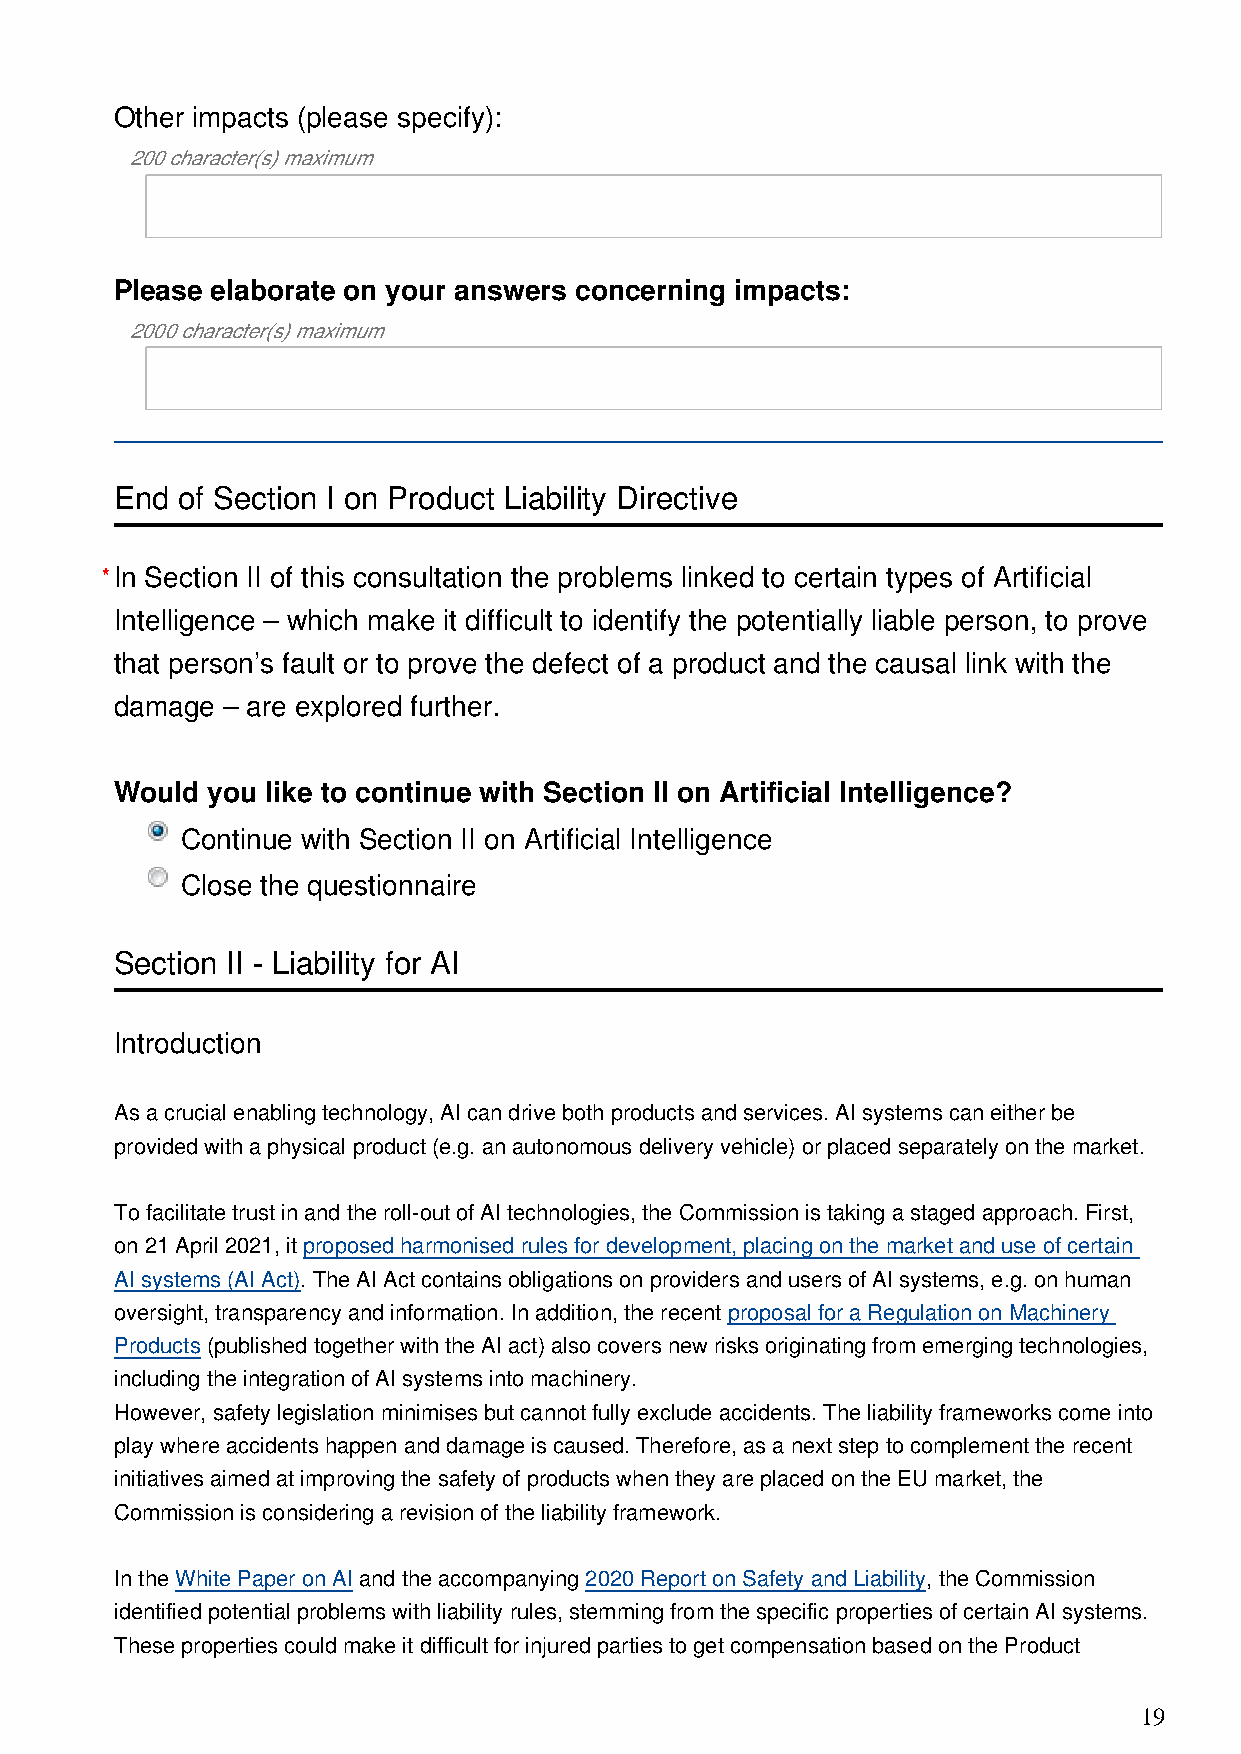
Other impacts (please specify):
 200 character(s) maximum
 Please elaborate on your answers concerning impacts:
 2000 character(s) maximum
 End of Section I on Product Liability Directive
 *In Section II of this consultation the problems linked to certain types of Artificial
 Intelligence – which make it difficult to identify the potentially liable person, to prove
 that person’s fault or to prove the defect of a product and the causal link with the
 damage – are explored further.
 Would you like to continue with Section II on Artificial Intelligence?
 Continue with Section II on Artificial Intelligence
 Close the questionnaire
 Section II - Liability for AI
 Introduction
 As a crucial enabling technology, AI can drive both products and services. AI systems can either be
 provided with a physical product (e.g. an autonomous delivery vehicle) or placed separately on the market.
 To facilitate trust in and the roll-out of AI technologies, the Commission is taking a staged approach. First,
 on 21 April 2021, it proposed harmonised rules for development, placing on the market and use of certain
 AI systems (AI Act). The AI Act contains obligations on providers and users of AI systems, e.g. on human
 oversight, transparency and information. In addition, the recent proposal for a Regulation on Machinery
 Products (published together with the AI act) also covers new risks originating from emerging technologies,
 including the integration of AI systems into machinery.
 However, safety legislation minimises but cannot fully exclude accidents. The liability frameworks come into
 play where accidents happen and damage is caused. Therefore, as a next step to complement the recent
 initiatives aimed at improving the safety of products when they are placed on the EU market, the
 Commission is considering a revision of the liability framework.
 In the White Paper on AI and the accompanying 2020 Report on Safety and Liability, the Commission
 identified potential problems with liability rules, stemming from the specific properties of certain AI systems.
 These properties could make it difficult for injured parties to get compensation based on the Product
 19